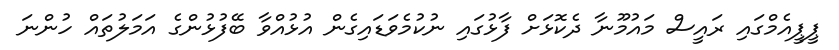
ޕީޕީއެމްގައި ރައީސް މައުމޫނާ ދެކޮޅަށް ފާޅުގައި ނުކުމެވަޑައިގެން އުޅުއްވާ ބޭފުޅުންގެ އަމަލުތައް ހުންނަ